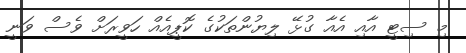
މި ސިޓީ އާއި އެއާ ގުޅޭ ލިޔުންތަކުގެ ކޮޕީއެއް ހަވީރަށް ވެސް ވަނީ